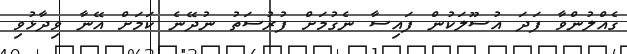
ގެއްލުންވާ ފަދަ އުސޫލަކުން ފައިސާ ނެގުމަށް ފުރުސަތު ނުދޭނެ ކަމަށް އޭނާ ވިދާޅުވި